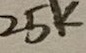
Text: 25K